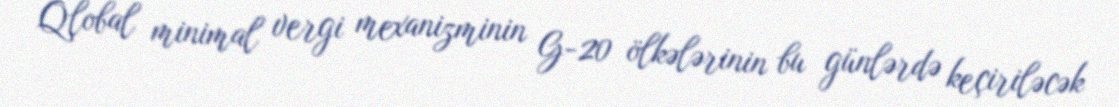
Qlobal minimal vergi mexanizminin G-20 ölkələrinin bu günlərdə keçiriləcək